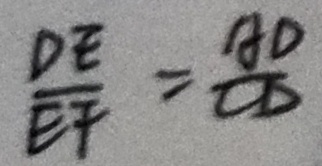
\frac { D E } { E F } = \frac { A D } { C D }